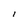
Character: l